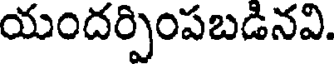
యందర్పింపబడినవి.